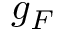
g _ { F }